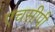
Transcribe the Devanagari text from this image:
एचसीपी